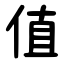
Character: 值